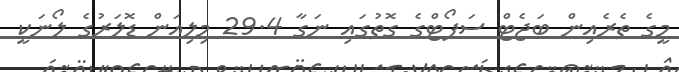
މީގެ ތެރެއިން ބަޖެޓް ސަޕޯޓްގެ ގޮތުގައި ނަގާ 29.4 މިލިއަން ޑޮލަރުގެ ލޯނަކީ